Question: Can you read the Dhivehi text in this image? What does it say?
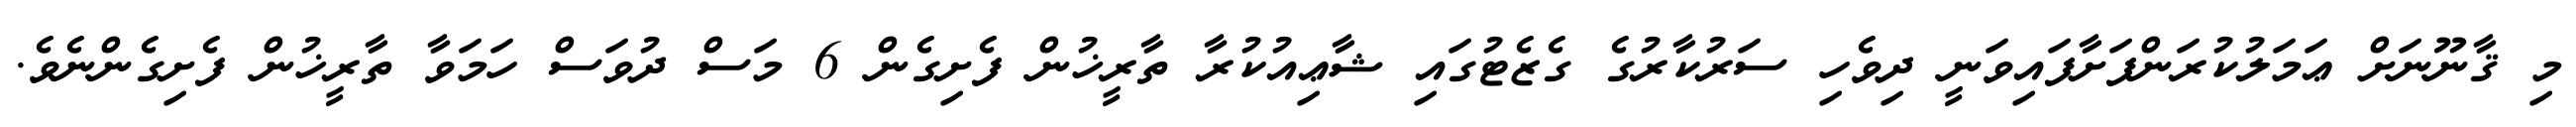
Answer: މި ޤާނޫނަށް ޢަމަލުކުރަންފަށާފައިވަނީ ދިވެހި ސަރުކާރުގެ ގެޒެޓުގައި ޝާޢިއުކުރާ ތާރީޚުން ފެށިގެން 6 މަސް ދުވަސް ހަމަވާ ތާރީޚުން ފެށިގެންނެވެ.